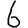
Digit: 6